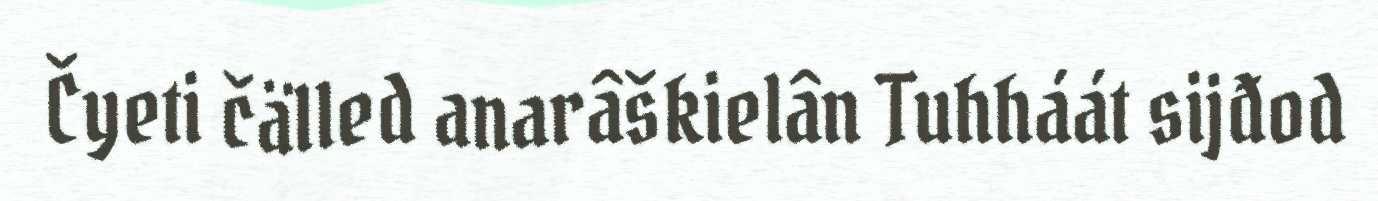
Čyeti čälled anarâškielân Tuhháát sijđod